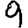
Digit: 9